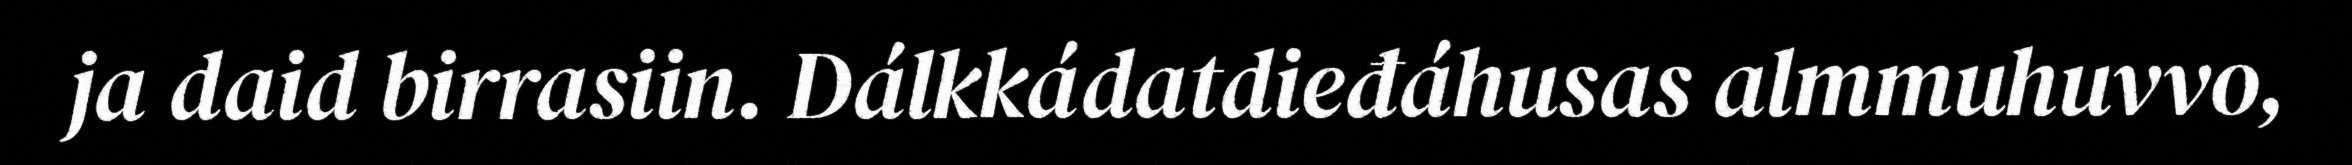
ja daid birrasiin. Dálkkádatdieđáhusas almmuhuvvo,